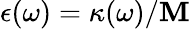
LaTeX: \epsilon(\omega)=\kappa(\omega)/\mathbf{M}